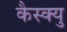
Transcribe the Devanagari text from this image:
कैस्क्यु